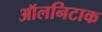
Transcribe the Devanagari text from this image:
ऑलनिटाक